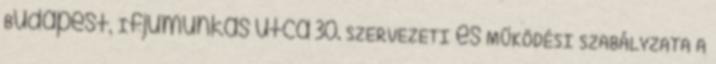
Budapest, Ifjúmunkás utca 30. SZERVEZETI és MŰKÖDÉSI SZABÁLYZATA A